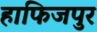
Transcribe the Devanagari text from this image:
हाफिजपुर